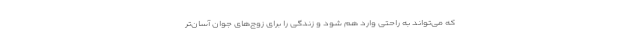
که می‌تواند به راحتی وارد هم شود و زندگی را برای زوج‌های جوان آسان‌تر